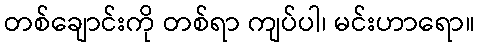
တစ်ချောင်းကို တစ်ရာ ကျပ်ပါ၊ မင်းဟာရော။